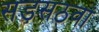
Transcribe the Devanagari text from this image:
सड़सठवां